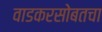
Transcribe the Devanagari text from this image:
वाडकरसोबतचा